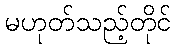
မဟုတ်သည့်တိုင်